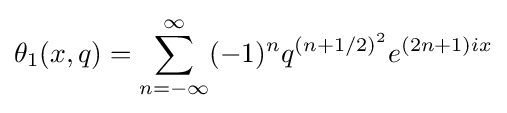
\theta _{1}(x,q)=\sum _{n=-\infty }^{\infty }(-1)^{n}q^{(n+1/2)^{2}}e^{(2n+1)ix}